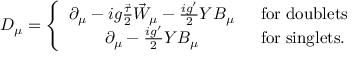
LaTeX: D _ { \mu } = \left\{ \begin{array} { c l } { { \partial _ { \mu } - i g \frac { \vec { \tau } } { 2 } \vec { W } _ { \mu } - \frac { i g ^ { \prime } } { 2 } Y B _ { \mu } } } & { { \; \; \mathrm { f o r } \; \mathrm { d o u b l e t s } } } \\ { { \partial _ { \mu } - \frac { i g ^ { \prime } } { 2 } Y B _ { \mu } } } & { { \; \; \mathrm { f o r } \; \mathrm { s i n g l e t s } . } } \end{array} \right.